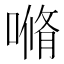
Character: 𰈣